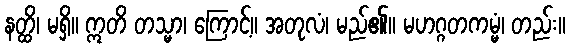
နတ္ထိ၊ မရှိ။ ဣတိ တသ္မာ၊ ကြောင့်။ အတုလံ၊ မည်၏။ မဟဂ္ဂတကမ္မံ၊ တည်း။